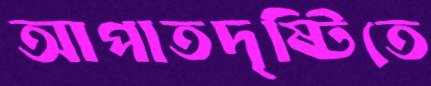
আপাতদৃষ্টিতে